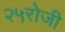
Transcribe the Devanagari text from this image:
२५रोजी